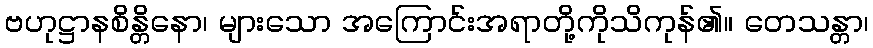
ဗဟုဋ္ဌာနစိန္တိနော၊ များသော အကြောင်းအရာတို့ကိုသိကုန်၏။ တေသန္တာ၊